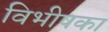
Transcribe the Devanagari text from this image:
विभीषका